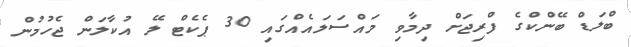
ބްލަޑް ބޭންކްގެ ފްރިޖަށް ދިމާވި މައްސަލައެއްގައި 30 ޕެކެޓް ލޭ އުކާލަން ޖެހުމުން